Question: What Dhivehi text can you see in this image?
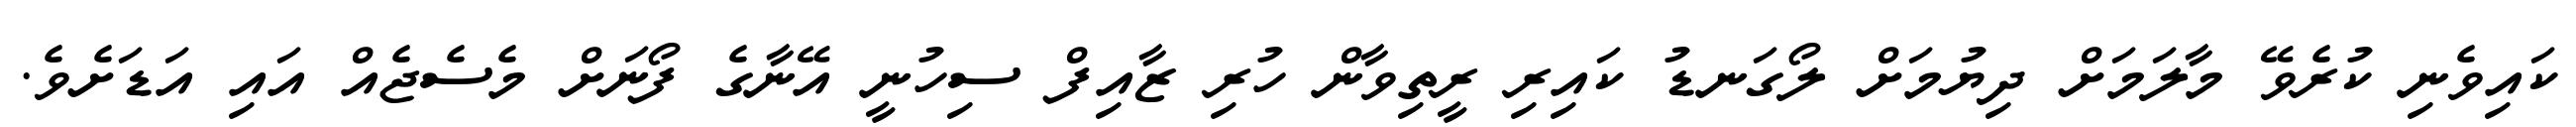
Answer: ކައިވެނި ކުރެވޭ މާލަމަށް ދިޔުމަށް ލޯގަނޑު ކައިރި ރީތިވާން ހުރި ޒާއިފް ސިހުނީ އޭނާގެ ފޯނަށް މެސެޖެއް އައި އަޑަށެވެ.